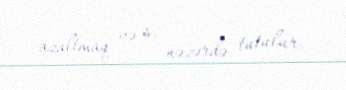
azaltmaq və s. nəzərdə tutulur.